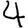
Digit: 4